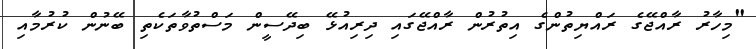
"މިހާރު ރާއްޖޭގެ ރައްޔިތުންގެ އިތުރުން ރާއްޖޭގައި ދިރިއުޅޭ ބިދޭސީން މަސްތުވާތަކެތި ބޭނުން ކުރުމާއި